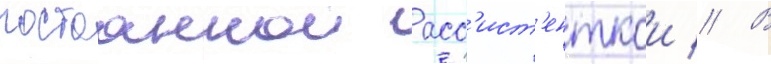
постоаннои асс'ист'енткои // В